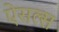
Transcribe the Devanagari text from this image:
ऐसल्स